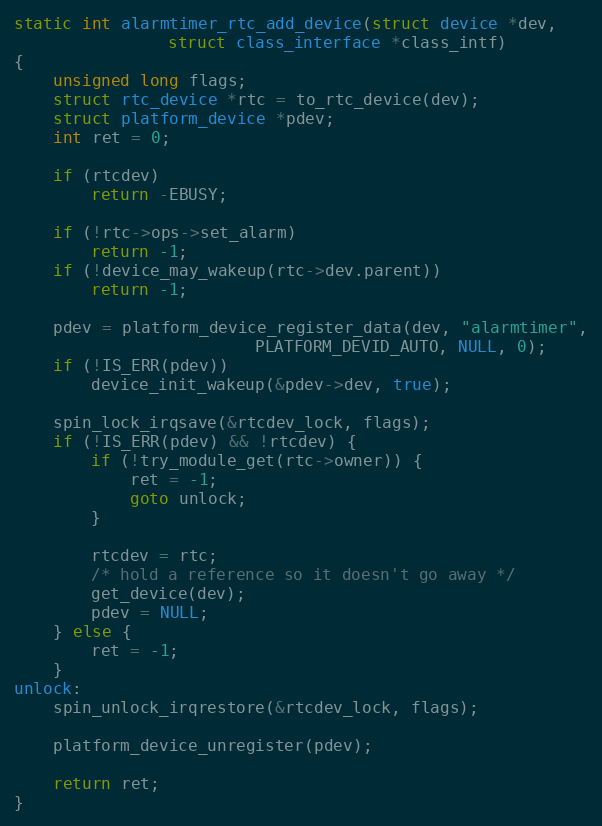
Language: C
static int alarmtimer_rtc_add_device(struct device *dev,
				struct class_interface *class_intf)
{
	unsigned long flags;
	struct rtc_device *rtc = to_rtc_device(dev);
	struct platform_device *pdev;
	int ret = 0;

	if (rtcdev)
		return -EBUSY;

	if (!rtc->ops->set_alarm)
		return -1;
	if (!device_may_wakeup(rtc->dev.parent))
		return -1;

	pdev = platform_device_register_data(dev, "alarmtimer",
					     PLATFORM_DEVID_AUTO, NULL, 0);
	if (!IS_ERR(pdev))
		device_init_wakeup(&pdev->dev, true);

	spin_lock_irqsave(&rtcdev_lock, flags);
	if (!IS_ERR(pdev) && !rtcdev) {
		if (!try_module_get(rtc->owner)) {
			ret = -1;
			goto unlock;
		}

		rtcdev = rtc;
		/* hold a reference so it doesn't go away */
		get_device(dev);
		pdev = NULL;
	} else {
		ret = -1;
	}
unlock:
	spin_unlock_irqrestore(&rtcdev_lock, flags);

	platform_device_unregister(pdev);

	return ret;
}